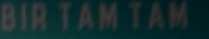
BIR TAM TAM